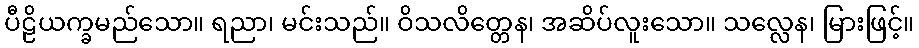
ပီဠိယက္ခမည်သော။ ရညာ၊ မင်းသည်။ ဝိသလိတ္တေန၊ အဆိပ်လူးသော။ သလ္လေန၊ မြားဖြင့်။